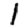
Digit: 1